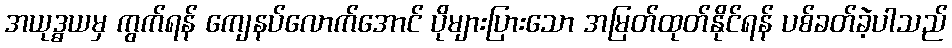
အယုဒ္ဓယမှ ကွက်ရန် ကျေနပ်လောက်အောင် ပိုများပြားသော အမြတ်ထုတ်နိုင်ရန် ပစ်ခတ်ခဲ့ပါသည်